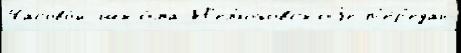
Часово́й шко́ла Н'ел'юбовскоjе п'е́р'едан